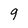
Character: 9